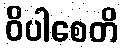
ဝိပါစေတိ